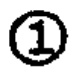
\textcircled{1}